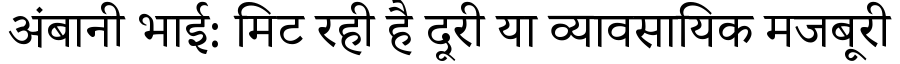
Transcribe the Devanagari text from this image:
अंबानी भाई: मिट रही है दूरी या व्यावसायिक मजबूरी